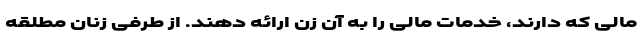
مالی که دارند، خدمات مالی را به آن زن ارائه ‌دهند. از طرفی زنان مطلقه